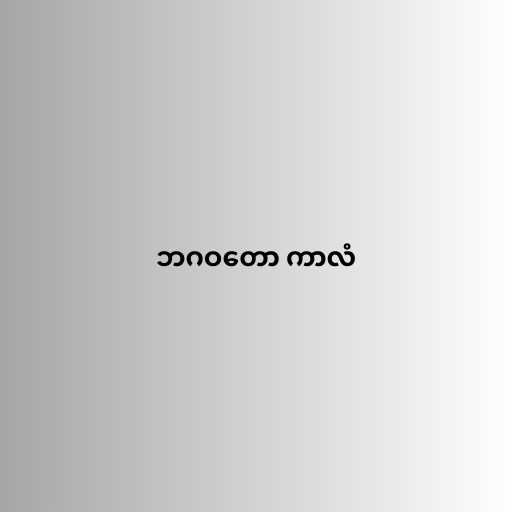
ဘဂဝတော ကာလံ